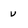
Character: v